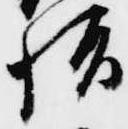
始